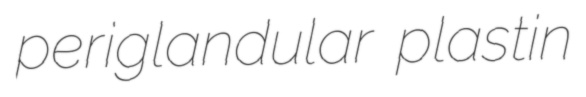
periglandular plastin